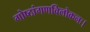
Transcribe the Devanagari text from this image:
गोष्ठांगणविलोकनः।